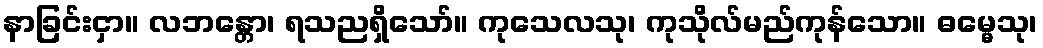
နာခြင်းငှာ။ လဘန္တော၊ ရသညရှိသော်။ ကုသေလသု၊ ကုသိုလ်မည်ကုန်သော။ ဓမ္မေသု၊